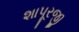
શાપૂરજી